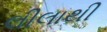
લીલાથી